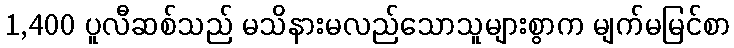
1,400 ပူလီဆစ်သည် မသိနားမလည်သောသူများစွာက မျက်မမြင်စာ